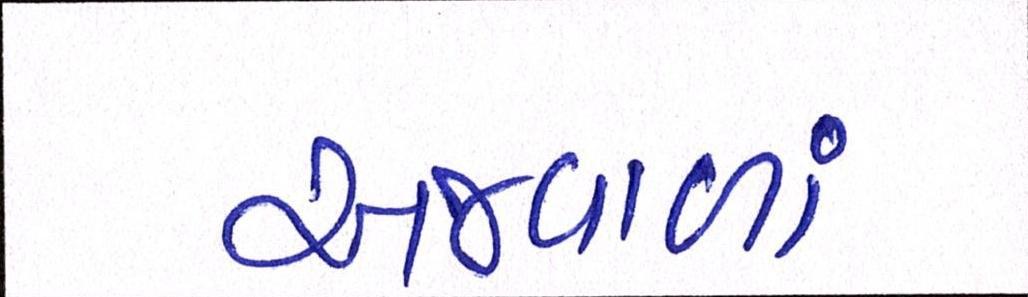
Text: અજવાળાં